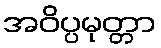
အဝိပ္ပမုတ္တာ